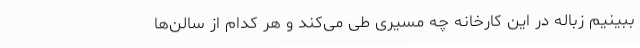
ببینیم زباله در این کارخانه چه مسیری طی می‌کند و هر کدام از سالن‌ها